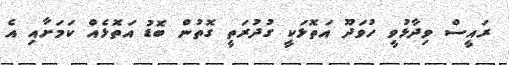
ރައީސް ވިދާޅުވީ ހުވަދޫ އަތޮޅަކީ ގުދުރަތީ ގޮތުން ބޮޑު އަތޮޅެއް ކަމަށާއި އެ